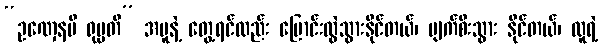
“ဥဏှေနပိ ရုပ္ပတိ” အပူနဲ့ တွေ့ရင်လည်း ပြောင်းလွဲသွားနိုင်တယ်၊ ပျက်စီးသွား နိုင်တယ်၊ လူရဲ့